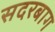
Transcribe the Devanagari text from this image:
सदरबाग